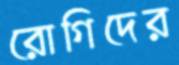
রোগিদের